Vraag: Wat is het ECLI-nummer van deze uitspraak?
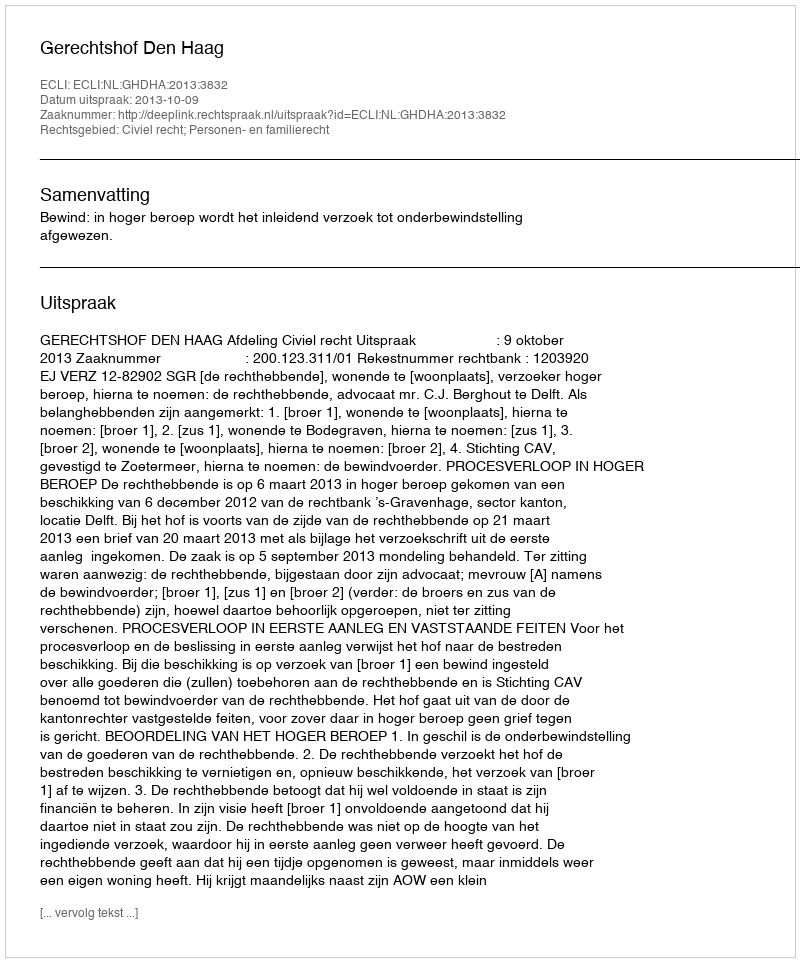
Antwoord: ECLI:NL:GHDHA:2013:3832